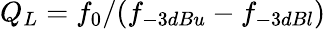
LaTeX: Q_{L}=f_{0}/(f_{-3dBu}-f_{-3dBl})